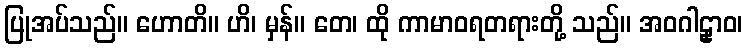
ပြုအပ်သည်။ ဟောတိ။ ဟိ၊ မှန်။ တေ၊ ထို ကာမာဝရတရားတို့ သည်။ အဝဂါဠှာဝ၊